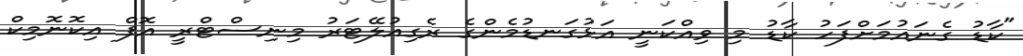
"ކާޑު ގެނައުމަށްފަހު ކާޑު މި ވިއްކަނީ އަޅުގަނޑުމެންގެ ރެގިއުލޭޓަރު މިނިސްޓްރީ އޮފް އިކޮނޮމިކް